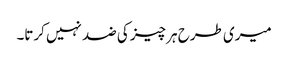
میری طرح ہر چیز کی ضد نہیں کرتا۔